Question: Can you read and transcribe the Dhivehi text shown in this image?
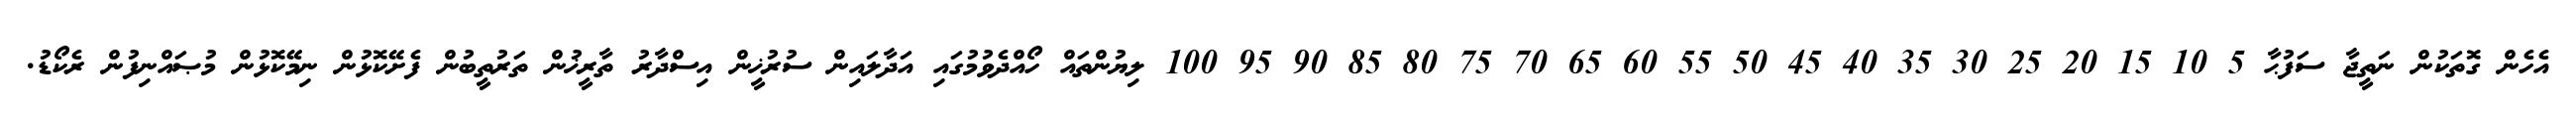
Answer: އެހެން ގޮތަކުން ނަތީޖާ ސަފުޙާ 5 10 15 20 25 30 35 40 45 50 55 60 65 70 75 80 85 90 95 100 ލިޔުންތައް ހޯއްދެވުމުގައި އަދާލައިން ސުރުޚީން އިސްދާރު ތާރީޚުން ތަރުތީބުން ފެށޭކޮޅުން ނިމޭކޮޅުން މުޞައްނިފުން ރެކޯޑު.